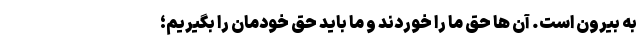
به بیرون است. آن ها حق ما را خوردند و ما باید حق خودمان را بگیریم؛